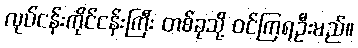
လုပ်ငန်းကိုင်ငန်းကြီး တစ်ခုသို့ ဝင်ကြရဦးမည်။